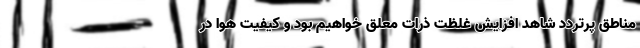
مناطق پرتردد شاهد افزایش غلظت ذرات معلق خواهیم بود و کیفیت هوا در